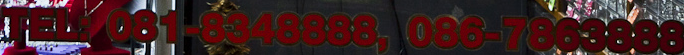
TEL:081-8348888,086-7863888